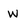
Character: w